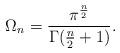
LaTeX: \begin{align*}\Omega_n=\frac{\pi^{\frac{n}{2}}}{\Gamma(\frac n2+1)}.\end{align*}